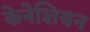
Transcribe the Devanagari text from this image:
केनेशियन